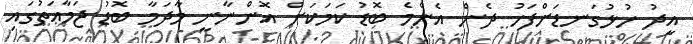
އީދު ހުޅުގަނޑަށްފަހު ދެން އެންމެ ބޮޑު ކަމަކަށް އޮންނާނީ މާދަމާ ބޮޑު ޖަމާޢަތުގައި